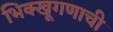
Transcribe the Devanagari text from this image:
भिक्खूगणाची